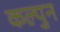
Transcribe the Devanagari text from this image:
कल्पुन